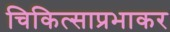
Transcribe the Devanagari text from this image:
चिकित्साप्रभाकर